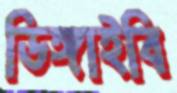
ডিঙ্গাইবি